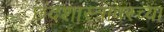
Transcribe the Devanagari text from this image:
छंदशास्त्रावरच्या